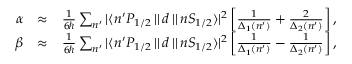
\begin{array} { r l r } { \alpha } & { \approx } & { \frac { 1 } { 6 \hbar } \sum _ { n ^ { \prime } } { | \langle n ^ { \prime } P _ { 1 / 2 } \, | | \, d \, | | \, n S _ { 1 / 2 } \rangle | ^ { 2 } } \left[ \frac { 1 } { \Delta _ { 1 } ( n ^ { \prime } ) } + \frac { 2 } { \Delta _ { 2 } ( n ^ { \prime } ) } \right] , } \\ { \beta } & { \approx } & { \frac { 1 } { 6 \hbar } \sum _ { n ^ { \prime } } { | \langle n ^ { \prime } P _ { 1 / 2 } \, | | \, d \, | | \, n S _ { 1 / 2 } \rangle | ^ { 2 } } \left[ \frac { 1 } { \Delta _ { 1 } ( n ^ { \prime } ) } - \frac { 1 } { \Delta _ { 2 } ( n ^ { \prime } ) } \right] , } \end{array}